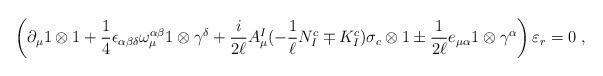
LaTeX: \begin{align*}\left( \partial_\mu 1\otimes 1 +\frac{1}{4} \epsilon_{\alpha \beta \delta }\omega^{\alpha \beta}_{\mu} 1\otimes \gamma^{\delta} +\frac{i}{2\ell} A^{I}_{\mu} (-\frac{1}{\ell}N^c_I \mp K^c_I) \sigma_c \otimes 1 \pm \frac{1}{2\ell} e_{\mu\alpha} 1\otimes \gamma^{\alpha} \right) \varepsilon_r = 0 \ ,\end{align*}